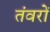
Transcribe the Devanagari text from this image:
तंवरों